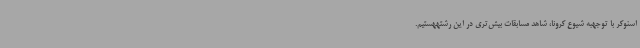
اسنوکر با توجهبه شیوع کرونا، شاهد مسابقات بیش‌تری در این رشتههستیم.